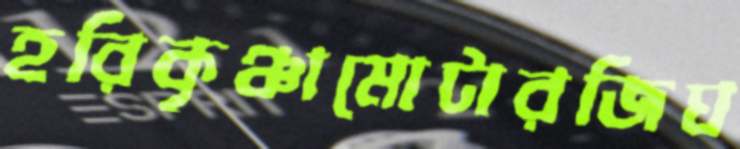
হরিকৃঞ্চামোটারজিঘ